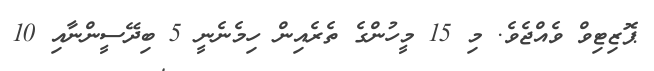
ޕޮޒިޓިވް ވެއްޖެވެ. މި 15 މީހުންގެ ތެރެއިން ހިމެނެނީ 5 ބިދޭސީންނާއި 10